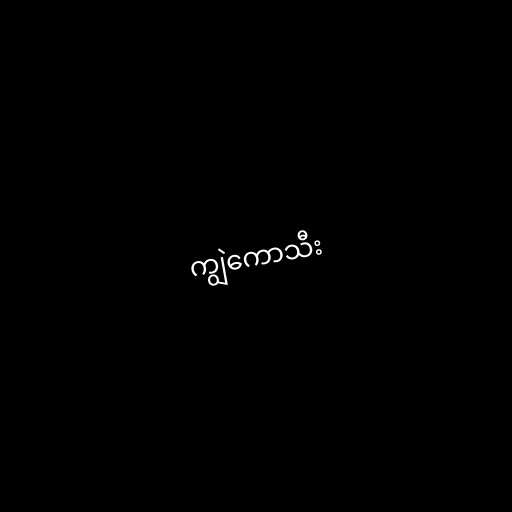
ကျွဲကောသီး